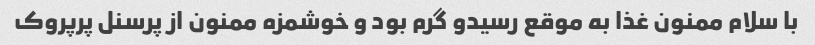
با سلام ممنون غذا به موقع رسیدو گرم بود و خوشمزه ممنون از پرسنل پرپروک